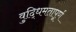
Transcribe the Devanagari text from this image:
वुद्धिमतापूर्ण